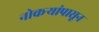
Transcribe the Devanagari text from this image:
नोकऱ्यांपासून